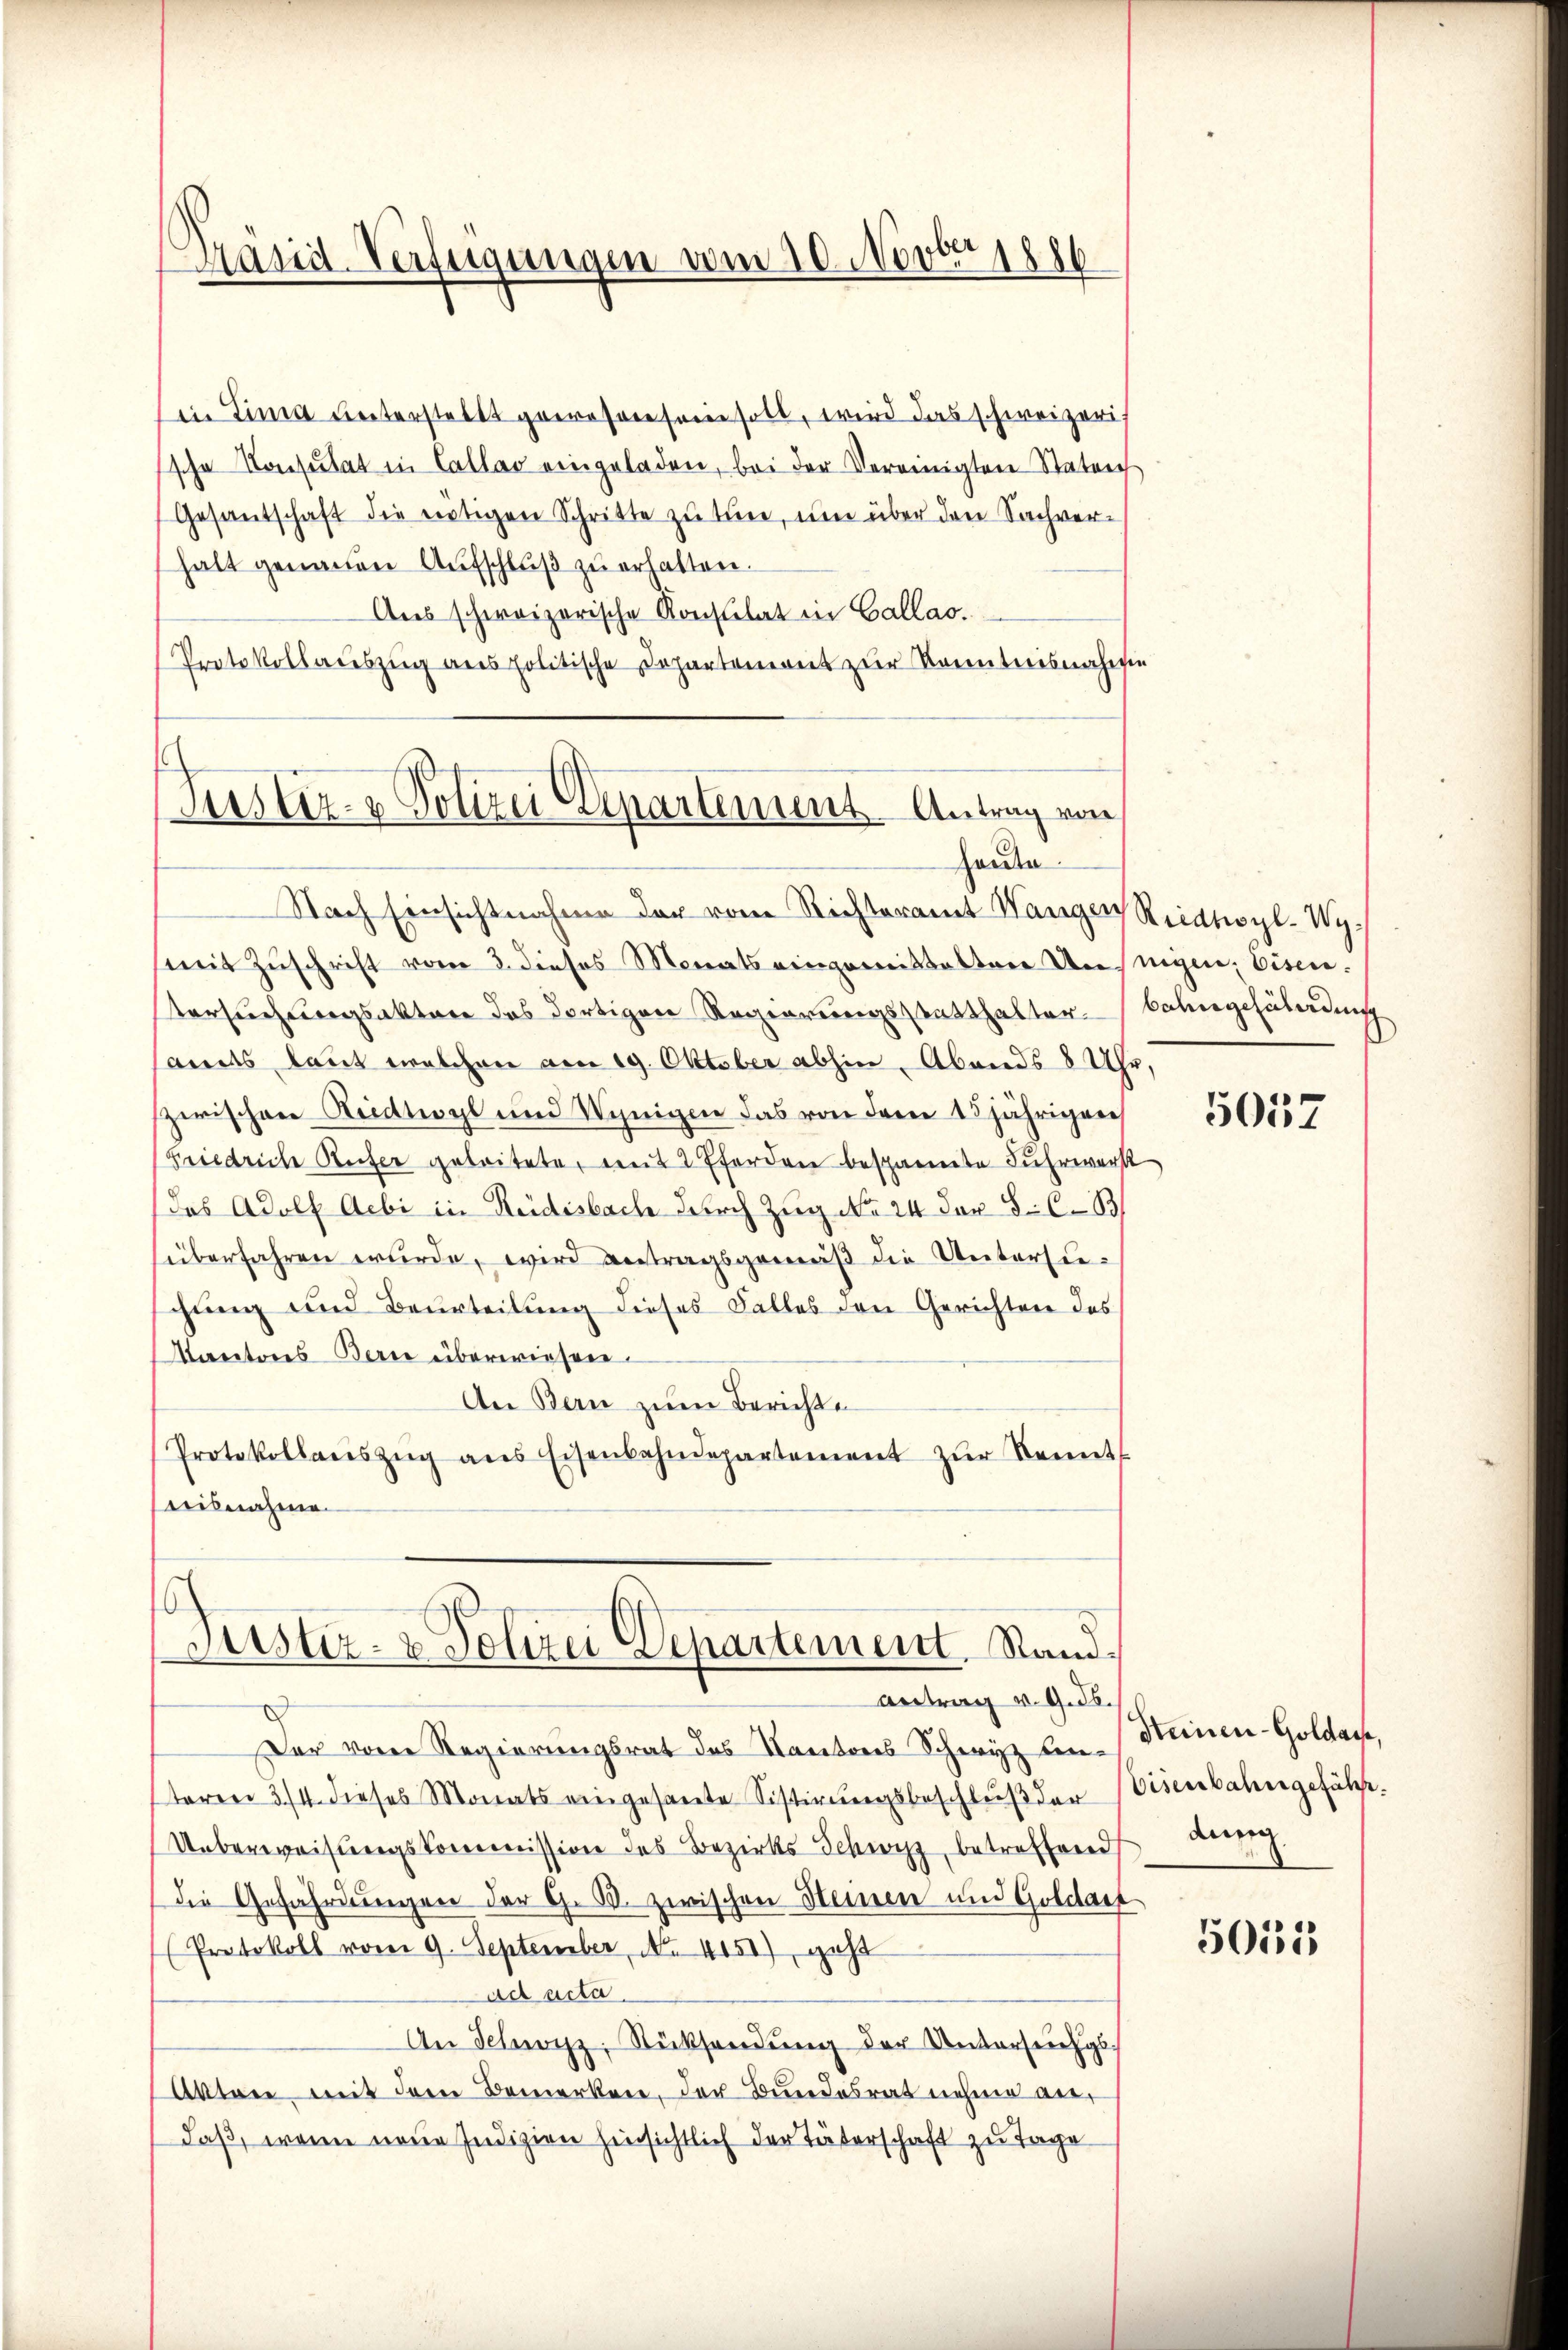
Präsid. Verfeigungen vom 10. Novbr. 1886

Gesantschaft die nötigen Schritte zu tun, um über den Sachverhalt genauen Aŭfschlŭβ zŭ erhalten.
Aus schweizerische Konstitat in Gallas.
Protokollauszug aus politische Departement zur Kenntnisnahmen
Justiz- & Polizei Departement. Antrag von

haute

in Lina unterstellt gewesen sein soll, wird das schweizeris
sche Konsulat in Callas eingeladen, bei der Vereinigten Staten

Tustiz- & Polizei Departement. Stand.
Antrag v. 9. ds.

Nach Einsichtnahme der vom Richteramt Wangen Reidtwyl-Wymit Zuschrift vom 3. dieses Monats eingemittaltere Unnigen, Eisen.
Versuchungsakter das dortigen Regierungsstatthalter Bahngefährdung
ands laut welchen am 19. Oktober abhin Abends 8 Uhr,
zerischen Riedtwyl und Wenigen das von dem 15 jährigen
Friedriche Reifer geleitete, mit 2 Eforden bespannte Fuhrwerk
das Adolf Aebi in Reidisbach durch Zug No 24 der 8. C. B
süberfahren wurde, wird antragsgemäß die Untersiegung und Beurteilung dieses Falles den Gerichten des
Maretores Berne überwiesen.
An Bern zum Berichte
Protokollanszŭg ans Eisenbahndepartement zŭr Kennt
ibnahme.

Der von Regierungsrat des Kantons Schwyz von Steinen-Goldau,
teren 3/4. dieses Monats eingesante Sistirungsbeschluß der Eisenbahngeführ¬
Ueberweisungskommission des Bezirks Schwyz, betreffend
die Gefährdungen der G. B. zwischen Heinen und Goldat
Protokoll vom 9. September, No 4451), geht
ad acta
An Schwyz, Rücksendŭng der Untersuchs
Aktore mit dem Bemerken, der Bundesrat nehme andaß, wenn neue Indizien hinsichtlich der Täterschaft zu Tage

5057

dung

5053